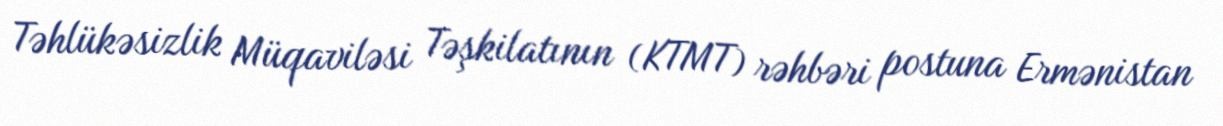
Təhlükəsizlik Müqaviləsi Təşkilatının (KTMT) rəhbəri postuna Ermənistan